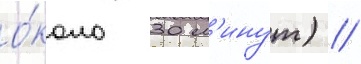
о́коло 30 м'инут) //